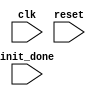
/* The main fsm
 *
 * Has only 2 states: initialization state and the infinite write state
 *
 */

module main_fsm(clk, reset, init_done);
input clk, reset, init_done;
// output current_state;

reg current_state;
reg next_state;

parameter state_init   = 1'b0,
          state_write  = 1'b1;

always @ (posedge clk or posedge reset)
begin
	if(reset)
		current_state <= state_init;
	else
		current_state <= next_state;
end


always @ (current_state or init_done)
begin
	case(current_state)
    state_init : next_state = init_done ? state_write : state_init;
		state_write: next_state = state_write;
		default: next_state = 1'bX; // it will never get in here
	endcase
end

endmodule